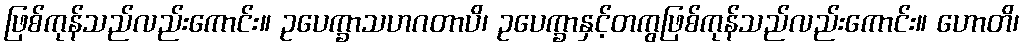
ဖြစ်ကုန်သည်လည်းကောင်း။ ဥပေက္ခာသဟဂတာပိ၊ ဥပေက္ခာနှင့်တကွဖြစ်ကုန်သည်လည်းကောင်း။ ဟောတိ၊